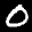
Label: 0